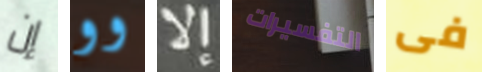
إن وو إلا التفسيرات فى